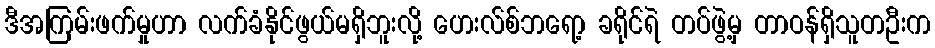
ဒီအကြမ်းဖက်မှုဟာ လက်ခံနိုင်ဖွယ်မရှိဘူးလို့ ဟေးလ်စ်ဘရော့ ခရိုင်ရဲ တပ်ဖွဲ့မှ တာဝန်ရှိသူတဦးက